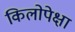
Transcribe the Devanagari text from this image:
किलोपेक्षा